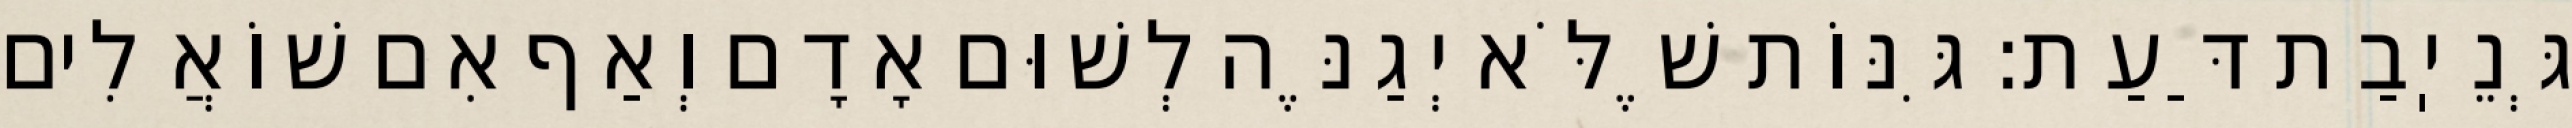
גְּנֵיֽבַת דַּעַת: גִּנּוֹת שֶׁלֹּא יְגַנֶּה לְשׁוּם אָדָם וְאַף אִם שׁוֹאֲלִים